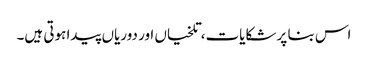
اس بنا پر شکایات، تلخیاں اور دوریاں پیدا ہوتی ہیں۔